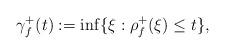
LaTeX: \begin{align*}\gamma _{f}^{+}(t):=\inf \{\xi :\rho _{f}^{+}(\xi )\leq t\}, \end{align*}